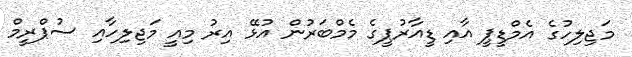
މަޖިލިހުގެ އެމްޑީޕީ އާއި ޑީއާރުޕީގެ މެމްބަރުން އުޅޭ އިރު މިއީ މަޖިލިހާއި ސުޕްރީމް